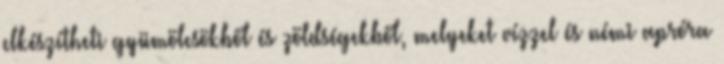
elkészítheti gyümölcsökből és zöldségekből, melyeket vízzel és némi apróra